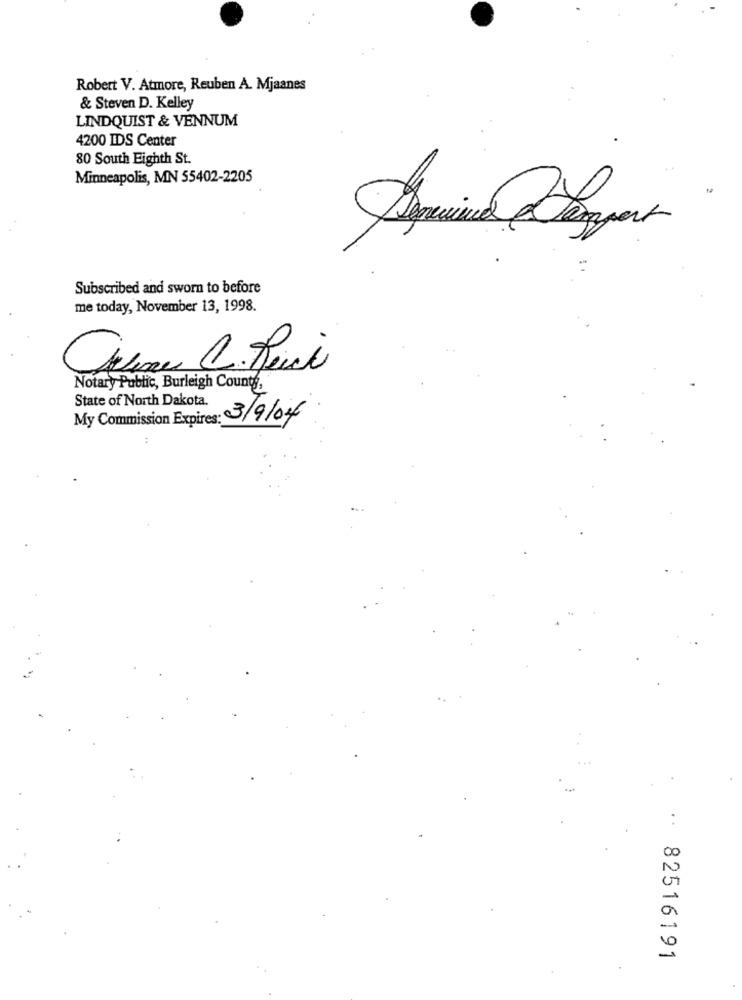
Robert V. Atmore, Reuben A. Mjaanes
& Steven D. Kelley
LINDQUIST & VENNUM
4200 IDS Center
80 South Eighth St.
Minneapolis, MN 55402-2205
Subscribed and sworn to before
me today, November 13, 1998.
Notary Public, Burleigh County,
State of North Dakota.
My Commission Expires: 3/9/04
..
82516191